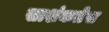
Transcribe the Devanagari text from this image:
साशंकतेस